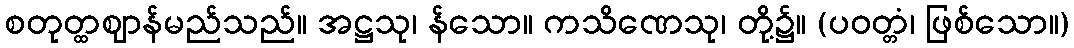
စတုတ္ထဈာန်မည်သည်။ အဋ္ဌသု၊ န်သော။ ကသိဏေသု၊ တို့၌။ (ပဝတ္တံ၊ ဖြစ်သော။)